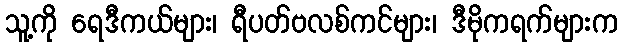
သူ့ကို ရေဒီကယ်များ၊ ရီပတ်ဗလစ်ကင်များ၊ ဒီမိုကရက်များက